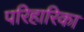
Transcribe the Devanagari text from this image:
परिहारिका